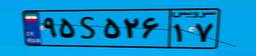
۹۵S۵۲۶۱۷